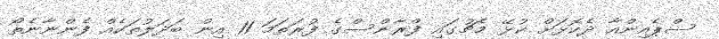
ސްޕެއިންއާ ދެކޮޅަށް ކުޅޭ މެޗުގައި ފްރާންސްގެ ފުރަތަމަ 11 އިން ބަދަލުތަކެއް ފެންނާނެތޯ